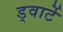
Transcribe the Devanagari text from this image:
ड्वार्टे